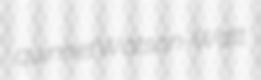
quinnet Watson-Watt